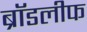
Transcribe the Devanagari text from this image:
ब्रॉडलीफ